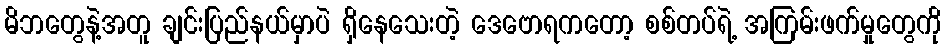
မိဘတွေနဲ့အတူ ချင်းပြည်နယ်မှာပဲ ရှိနေသေးတဲ့ ဒေဗောရကတော့ စစ်တပ်ရဲ့ အကြမ်းဖက်မှုတွေကို